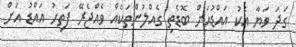
ގަދަ ވަޔާ އެކު އައްޑުއަށް ބޮޑެތި ގެއްލުންތަކެއް ވެއްޖެރޭ ފަތިހު އައްޑު އަށް